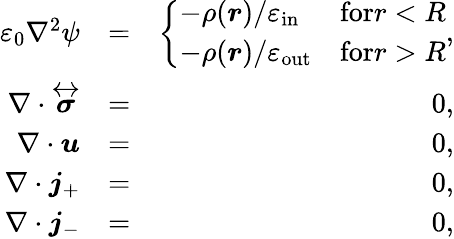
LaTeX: \begin{array}{rlr}{\varepsilon_{0}\nabla^{2}\psi}&{=}&{\left\{ \begin{array}{ll}{-\rho(\boldsymbol{r})/\varepsilon_{\mathrm{in}}}&{\textrm{for}r<R}\\ {-\rho(\boldsymbol{r})/\varepsilon_{\mathrm{out}}}&{\textrm{for}r>R}\end{array}\right.,}\\ {\nabla\cdot\overleftrightarrow{\boldsymbol{\sigma}}}&{=}&{0,}\\ {\nabla\cdot\boldsymbol{u}}&{=}&{0,}\\ {\nabla\cdot\boldsymbol{j}_{+}}&{=}&{0,}\\ {\nabla\cdot\boldsymbol{j}_{-}}&{=}&{0,}\end{array}